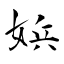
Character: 娦